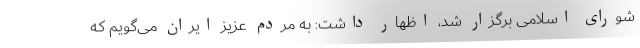
شورای اسلامی برگزار شد، اظهار داشت: به مردم عزیز ایران می‌گویم که